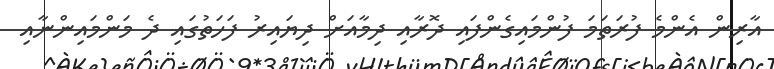
އާރިން އެންމެ ފުރަތަމަ ފުންމައިގެންފައި ދޮރާއި ދިމާއަށް ދިޔައިރު ފަހަތުގައި ދެ މަންމައިންނާއި